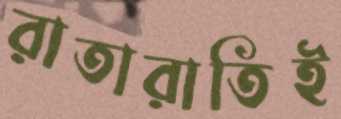
রাতারাতিই